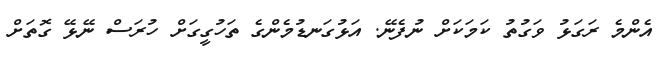
އެންމެ ރަގަޅު ވަގުތު ކަމަކަށް ނުފެނޭ. އަޅުގަނޑުމެންގެ ތަހުގީގަށް ހުރަސް ނޭޅޭ ގޮތަށް